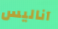
آناليس